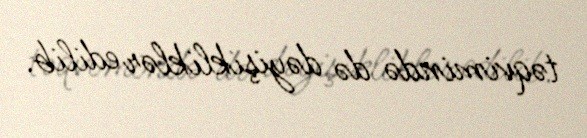
təqvimində də dəyişikliklər edilib.